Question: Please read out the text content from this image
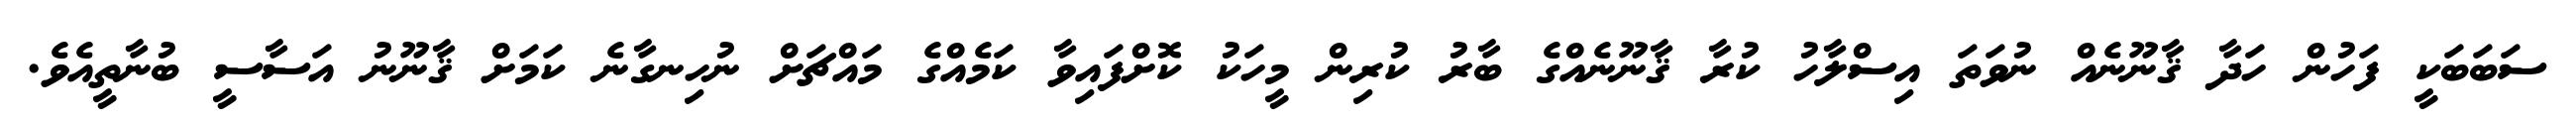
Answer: ސަބަބަކީ ފަހުން ހަދާ ޤާނޫނެއް ނުވަތަ އިސްލާހު ކުރާ ޤާނޫނެއްގެ ބާރު ކުރިން މީހަކު ކޮށްފައިވާ ކަމެއްގެ މައްޗަށް ނުހިނގާނެ ކަމަށް ޤާނޫނު އަސާސީ ބުނާތީއެވެ.